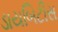
ડાયબિટીસ